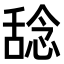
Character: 𫫞